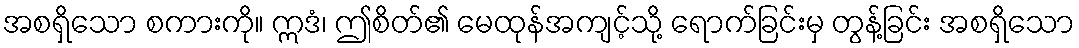
အစရှိသော စကားကို။ ဣဒံ၊ ဤစိတ်၏ မေထုန်အကျင့်သို့ ရောက်ခြင်းမှ တွန့်ခြင်း အစရှိသော